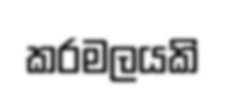
කරමලයකි